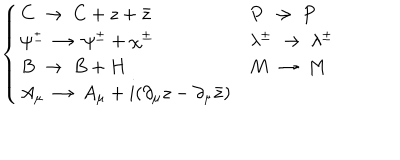
\left\{ \begin{array} { l l } { { C \ \to \ C + z + \bar { z } } } & { { P \ \to \ P } } \\ { { \psi ^ { \pm } \ \to \ \psi ^ { \pm } + \chi ^ { \pm } } } & { { \lambda ^ { \pm } \ \to \ \lambda ^ { \pm } } } \\ { { B \ \to \ B + H } } & { { M \ \to \ M } } \\ { { A _ { \mu } \ \to \ A _ { \mu } + i ( \partial _ { \mu } z - \partial _ { \mu } \bar { z } ) } } & { { } } \\ \end{array} \right.